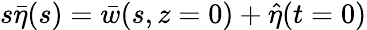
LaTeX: s\bar{\eta}(s)=\bar{w}(s,z=0)+\hat{\eta}(t=0)